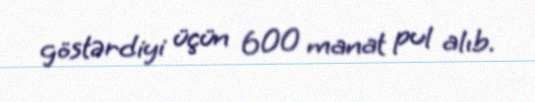
göstərdiyi üçün 600 manat pul alıb.